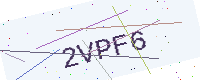
Text: 2VPF6